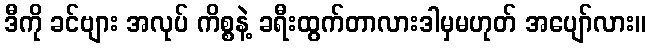
ဒီကို ခင်ဗျား အလုပ် ကိစ္စနဲ့ ခရီးထွက်တာလားဒါမှမဟုတ် အပျော်လား။